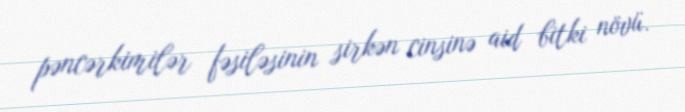
pəncərkimilər fəsiləsinin sirkən cinsinə aid bitki növü.